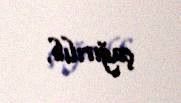
çağırılıb.